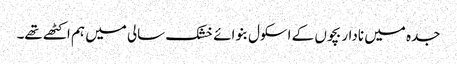
جدہ میں نادار بچوں کے اسکول بنوائے خشک سالی میں ہم اکٹھے تھے۔